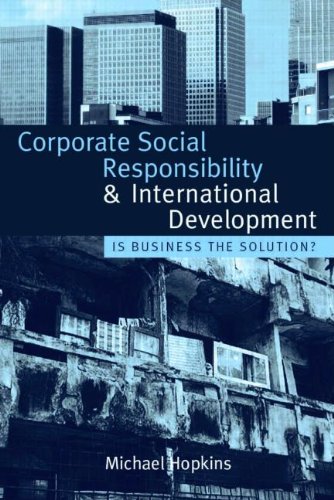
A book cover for Corporate Social Responsibility and International Development: Is Business the Solution?; Michael Hopkins; Law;